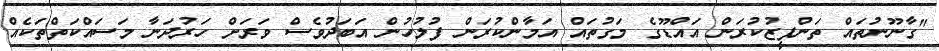
"ގާނޫނުތައް ތަންފީޒުކުރަން އައްޑޫގެ މަގުތައް އަމާންކުރަން ފުލުހުން އަބަދުވެސް ވަރަށް ހަރުދަނާ މަސައްކަތްތަކެއް